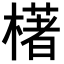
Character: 𣛰